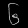
Digit: ၆